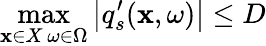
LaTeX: \underset{{\substack{\mathbf{x}\in X\, \omega\in\Omega}}}{\operatorname*{max}}\left|q_{s}^{\prime}(\mathbf{x},\omega)\right|\leq D